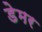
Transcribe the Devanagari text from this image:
डेमर